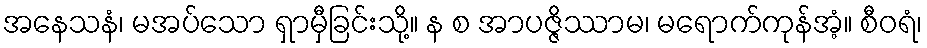
အနေသနံ၊ မအပ်သော ရှာမှီခြင်းသို့။ န စ အာပဇ္ဇိဿာမ၊ မရောက်ကုန်အံ့။ စီဝရံ၊